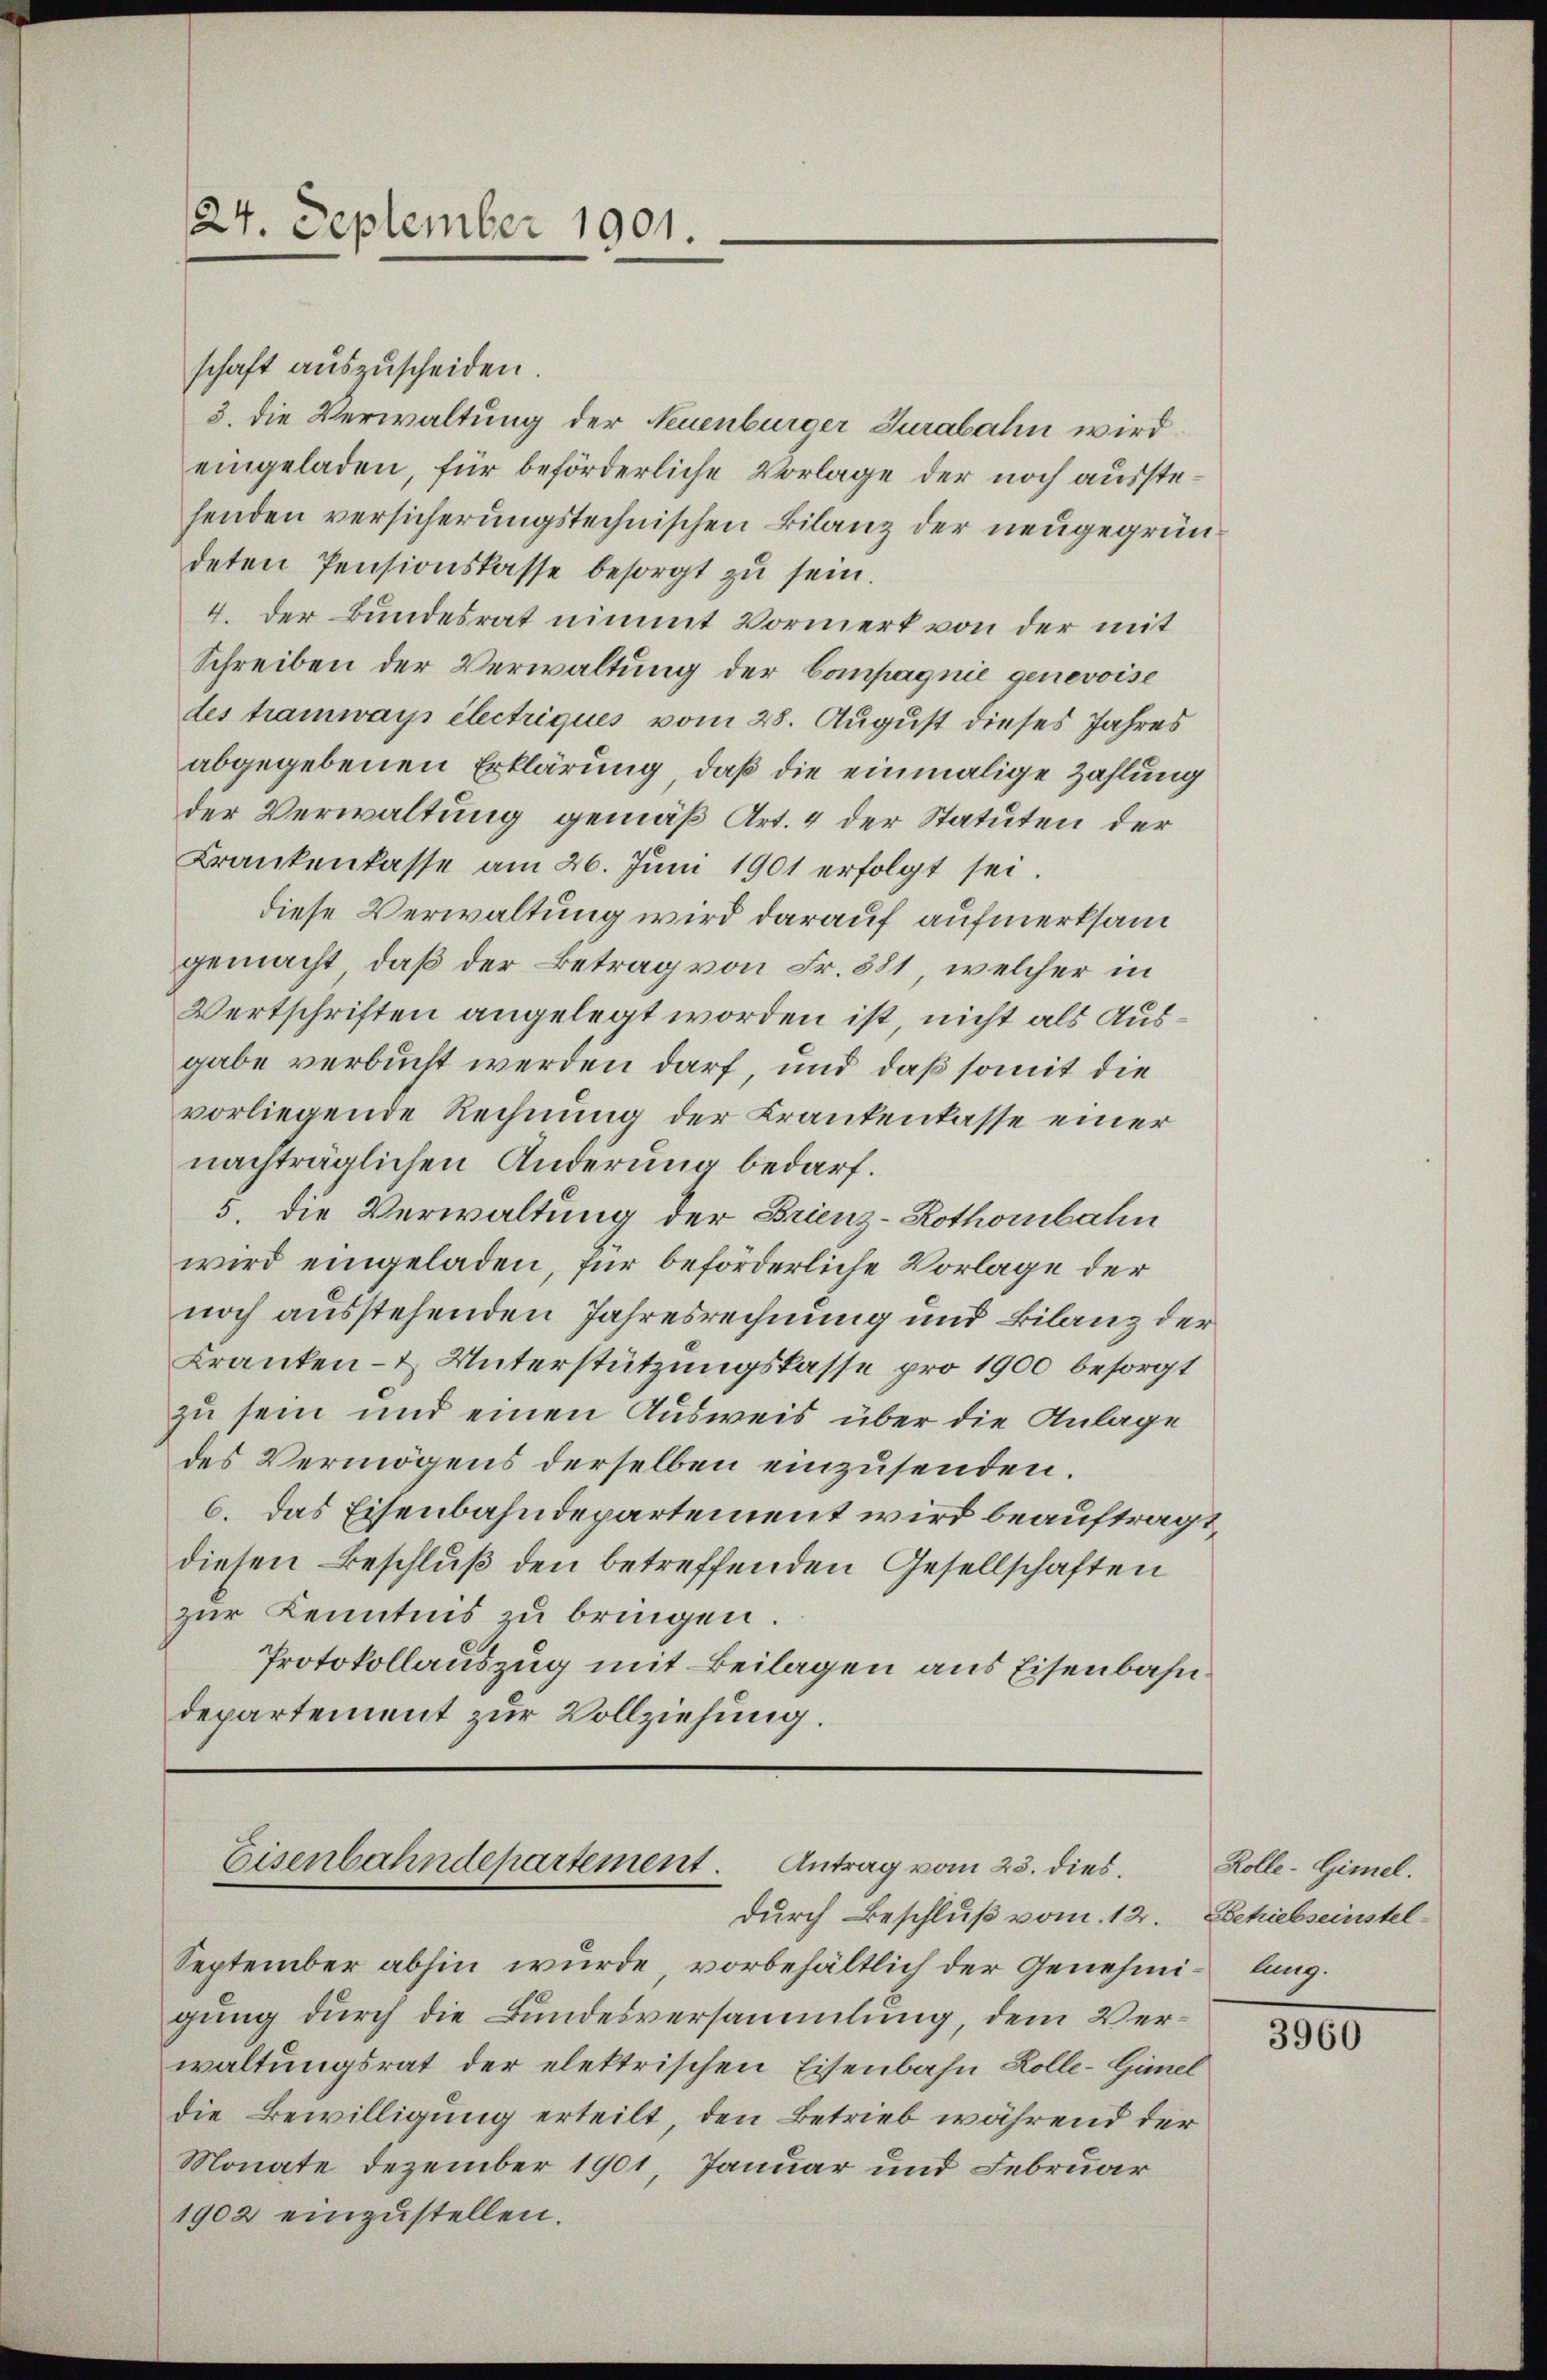
24. September 1901.

schaft auszuscheiden.
3. die Verwaltung der Neuenburger Jurabalin wird
eingeladen, für beförderliche Vorlage der noch ausstehenden versicherungstechnischen Bilanz der neugegründeten Pensionskasse besorgt zu sein.
4. der Bundesrat nimmt Vormerk von der mit
Schreiben der Verwaltung der Compagnie genevoise
des tramways électriques vom 28. August dieses Jahres
abgegebenen Erklärung, daß die einmalige Zahlung
der Verwaltung gemäß Art. 4 der Statuten der
Krankenkasse am 26. Jŭni 1901 erfolgt sei.
diese Verwaltung wird darauf aufmerksam
gemacht, daß der Betrag von Fr. 381, welcher in
Wertschriften angelegt worden ist, nicht als Ausgabe verbucht werden darf und daß somit die
vorliegende Rechnung der Krankenkasse einer
nachträglichen Änderung bedarf.
5. die Verwaltung der Brienz-Rothorbahn
wird eingeladen, für beförderliche Vorlage der
noch ausstehenden Jahresrechnung und Bilanz der
Kranken- & Unterstützungskasse pro 1900 besorgt
zu sein und einen Ausweis über die Anlage
des Vermögens derselben einzusenden.
6. Das Eisenbahndepartement wird beauftragt,
diesen Beschluß den betreffenden Gesellschaften
zur Kenntnis zu bringen.
Protokollauszug mit Beilagen aus Eisenbahndepartement zur Vollziehung.

Eisenbahndepartement. Antrag vom 23. dies
durch Beschluß vom 12. Behielseinstel¬

September abhin wurde vorbehältlich der Genehmi- lang.
gung durch die Bundesversammlung, dem Verwaltungsrat der elektrischen Eisenbahn Kolle-Gimel
die Bewilligung erteilt, den Betrieb während der
Monate Dezember 1901, Januar und Februar
1902 einzustellen.

Rolle-Gimel.

3960